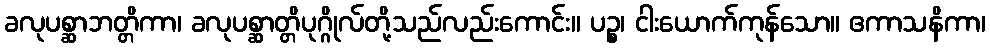
ခလုပစ္ဆာဘတ္တိကာ၊ ခလုပစ္ဆာတ္တိပုဂ္ဂိုလ်တို့သည်လည်းကောင်း။ ပဉ္စ၊ ငါးယောက်ကုန်သော။ ဧကာသနိကာ၊